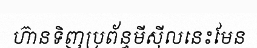
ហ៊ានទិញប្រព័ន្ធមីស៊ីលនេះមែន